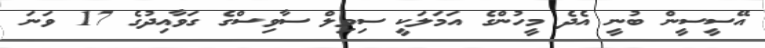
އޭސީސީން ބުނީ އެދެ މީހުންގެ އަމަލަކީ ސިވިލް ސާވިސްގެ ގަވާއިދުގެ 17 ވަނަ